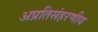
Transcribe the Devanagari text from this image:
अप्रतिसंहरणीय